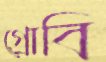
গ্রোবি